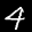
Label: 4